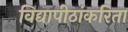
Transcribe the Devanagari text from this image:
विद्यापीठांकरिता